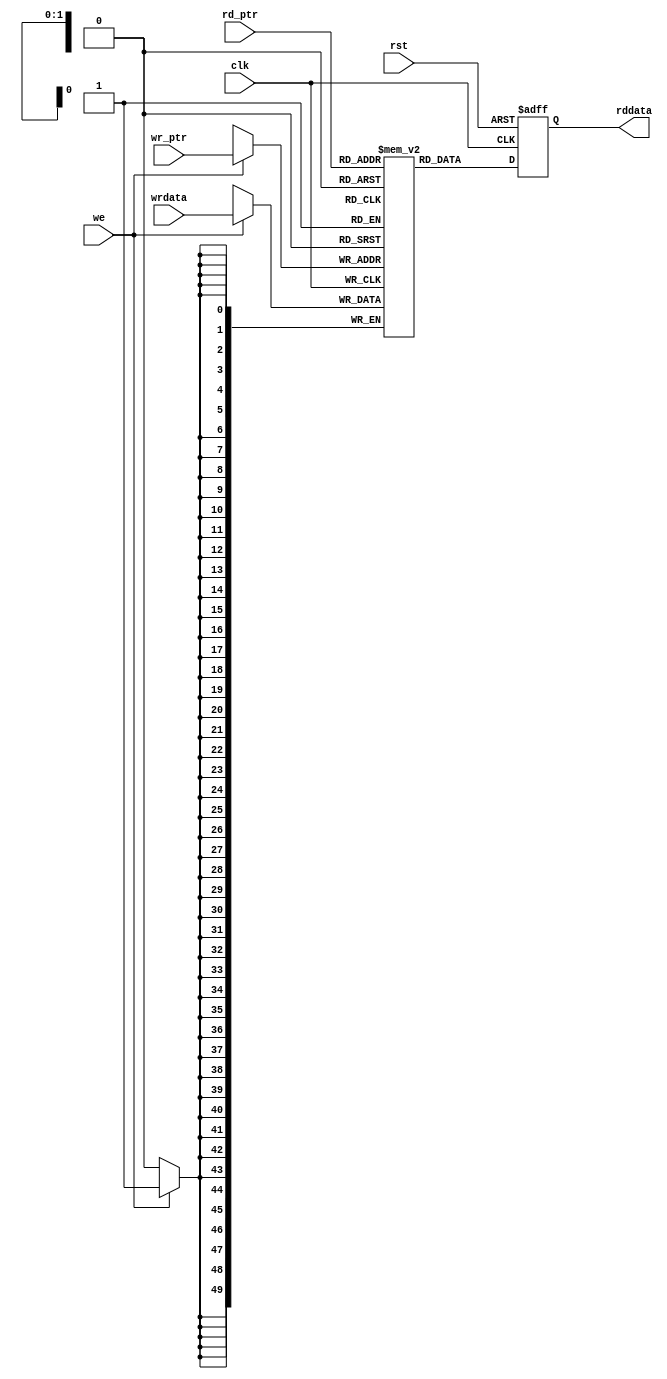

//-----------------------------------------------------------------------------
//
// (c) Copyright 2009 Xilinx, Inc. All rights reserved.
//
// This file contains confidential and proprietary information of Xilinx, Inc.
// and is protected under U.S. and international copyright and other
// intellectual property laws.
//
// DISCLAIMER
//
// This disclaimer is not a license and does not grant any rights to the
// materials distributed herewith. Except as otherwise provided in a valid
// license issued to you by Xilinx, and to the maximum extent permitted by
// applicable law: (1) THESE MATERIALS ARE MADE AVAILABLE "AS IS" AND WITH ALL
// FAULTS, AND XILINX HEREBY DISCLAIMS ALL WARRANTIES AND CONDITIONS, EXPRESS,
// IMPLIED, OR STATUTORY, INCLUDING BUT NOT LIMITED TO WARRANTIES OF
// MERCHANTABILITY, NON-INFRINGEMENT, OR FITNESS FOR ANY PARTICULAR PURPOSE;
// and (2) Xilinx shall not be liable (whether in contract or tort, including
// negligence, or under any other theory of liability) for any loss or damage
// of any kind or nature related to, arising under or in connection with these
// materials, including for any direct, or any indirect, special, incidental,
// or consequential loss or damage (including loss of data, profits, goodwill,
// or any type of loss or damage suffered as a result of any action brought by
// a third party) even if such damage or loss was reasonably foreseeable or
// Xilinx had been advised of the possibility of the same.
//
// CRITICAL APPLICATIONS
//
// Xilinx products are not designed or intended to be fail-safe, or for use in
// any application requiring fail-safe performance, such as life-support or
// safety devices or systems, Class III medical devices, nuclear facilities,
// applications related to the deployment of airbags, or any other
// applications that could lead to death, personal injury, or severe property
// or environmental damage (individually and collectively, "Critical
// Applications"). Customer assumes the sole risk and liability of any use of
// Xilinx products in Critical Applications, subject only to applicable laws
// and regulations governing limitations on product liability.
//
// THIS COPYRIGHT NOTICE AND DISCLAIMER MUST BE RETAINED AS PART OF THIS FILE
// AT ALL TIMES.
//
//-----------------------------------------------------------------------------
// Project    : V5-Block Plus for PCI Express
//--------------------------------------------------------------------------------
//--------------------------------------------------------------------------------
/***********************************************************************

  Description: 

  This is the 4x50 dual port RAM for the header information of the
  outstanding Completion packets in the error manager.
  The RAM output is registered. 

***********************************************************************/


`define  FFD 1
module cmm_errman_ram4x26 (
                rddata,                 // Output

                wrdata,                 // Inputs
                wr_ptr,
                rd_ptr,
                we,
                rst,
                clk
                );


  output [49:0] rddata;

  input  [49:0] wrdata;
  input   [1:0] wr_ptr;
  input   [1:0] rd_ptr;
  input         we;
  input         rst;
  input         clk;
 

  //******************************************************************//
  // Reality check.                                                   //
  //******************************************************************//


  //******************************************************************//
  // Construct the RAM.                                               //
  //******************************************************************//

  reg    [49:0] lutram_data [0:3];

  always @(posedge clk) begin
    if (we)
      lutram_data[wr_ptr] <= #`FFD wrdata;
  end


  //******************************************************************//
  // Register the outputs.                                            //
  //******************************************************************//


  reg    [49:0] reg_rdata;


  always @(posedge clk or posedge rst)
  begin
    if (rst)  reg_rdata <= #`FFD 50'h0000_0000_0000;
    else      reg_rdata <= #`FFD lutram_data[rd_ptr];
  end

  assign rddata = reg_rdata;


  //******************************************************************//
  //                                                                  //
  //******************************************************************//

endmodule